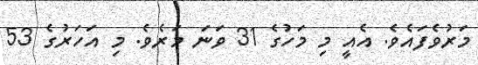
މަރުވެފައެވެ. އެއީ މި މަހުގެ 31 ވަނަ މަރެވެ. މި އަހަރުގެ 53